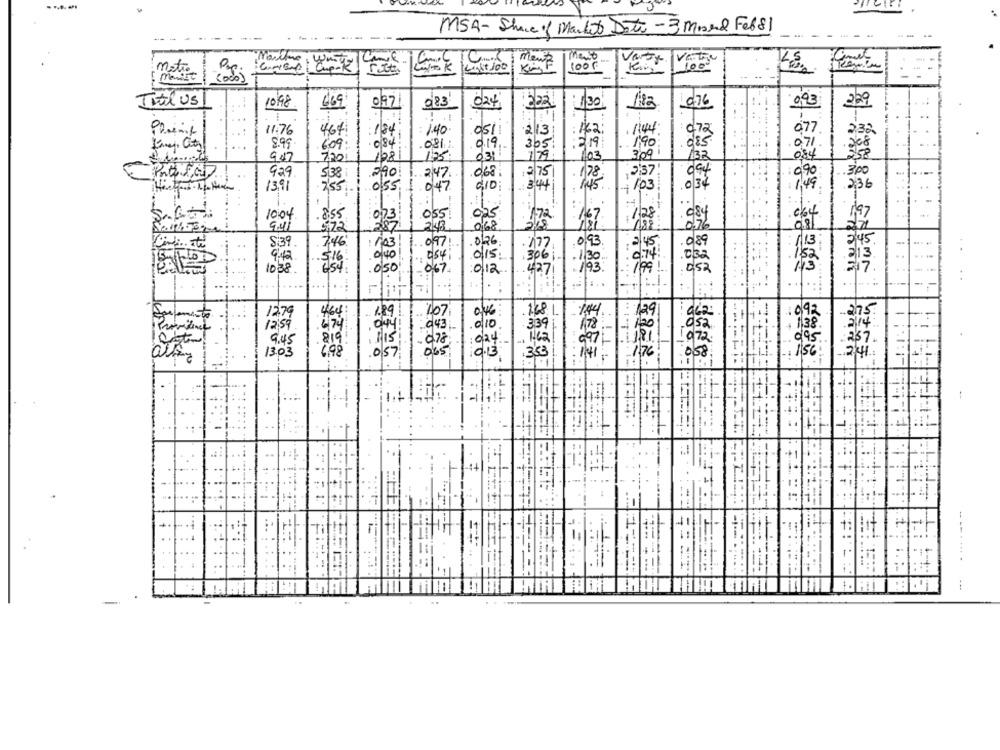
MSA- Share of Market Data - 3 Mord Fel81
maio
Garage Cup-R)
100€
Votre
metro
Light 100
menist
Titil us
10/98
669
097
0.76
229
983
32.
182
0,93
:
11:76
767
:184
: 140
osii
2/13
142
1:44
072
1,90
8.99
609
084
019
305
319
0,71
9.47
108
175
2318
1/79
103
3/09
33
7,20
084
068.
300
929
538
290
2 47.
2 75
047
910 ;
0 34
45.
10:04
. 855
055
197
0 73
167
"dsy
2,7
S.39
7,46
097
0/26
177
0,95
.089
015 :
$16
8541
306
1038
0/12
0,50
067
427
:.
...
:-
464
1.89
707
168
14
129
Providence
339
/78
819
97
6.98
057
353
1303
1,76
058
$1
=
:.
:.:
.::
= ==